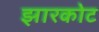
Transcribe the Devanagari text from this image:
झारकोट